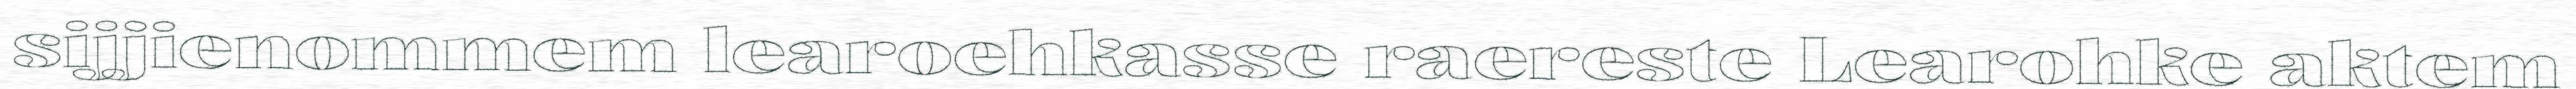
sijjienommem learoehkasse raereste Learohke aktem